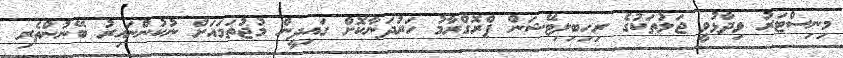
މިނިސްޓަރު ވިދާޅުވީ ޖަލުތަކުގެ ރިހިބިލިޓޭޝަން ޕްރޮގްރާމު ހަރުދަނާކޮށް ގައިދީން މުޖުތަމައަށް ނުކުންނައިރު ބޭނުންތެރި